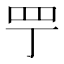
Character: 𦉬